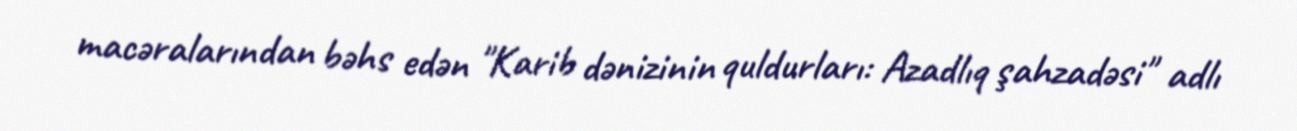
macəralarından bəhs edən "Karib dənizinin quldurları: Azadlıq şahzadəsi" adlı